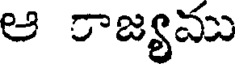
ఆ ాజ్యము